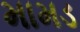
મામડ